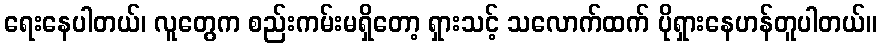
ရေးနေပါတယ်၊ လူတွေက စည်းကမ်းမရှိတော့ ရှားသင့် သလောက်ထက် ပိုရှားနေဟန်တူပါတယ်။